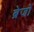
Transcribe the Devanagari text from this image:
ब्रेजों